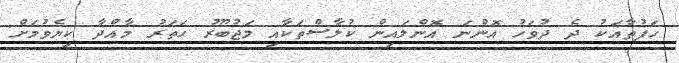
ހަފުތާއަކު ދެ ދުވަހު އޮންނަ އޮންލައިން ކުލާސްތަކާއި މަޖުބޫރު ހަތަރު މާއްދާ ކިޔެވުމަށް